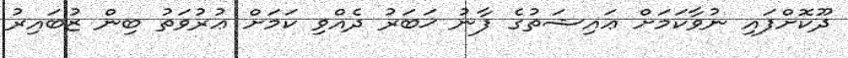
ދޫކޮށްފައި ނުވާކަމަށް ޢައިޝަތުގެ ފާނު ޚަބަރު ދެއްވި ކަމަށް ޢުރުވަތު ބިން ޒުބައިރު